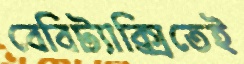
বেবিট্যাক্সিতেই